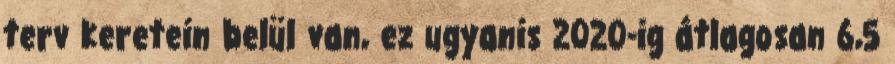
terv keretein belül van, ez ugyanis 2020-ig átlagosan 6,5